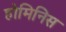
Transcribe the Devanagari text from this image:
होमिनिस